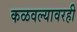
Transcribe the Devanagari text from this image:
कळवल्यावरही